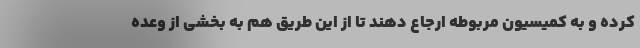
کرده و به کمیسیون مربوطه ارجاع دهند تا از این طریق هم به بخشی از وعده